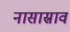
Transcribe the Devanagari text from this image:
नासास्राव